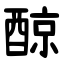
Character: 䣼